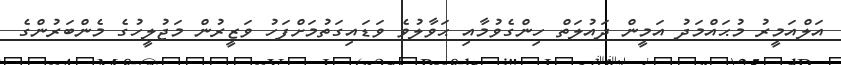
އަލްއަމީރު މުޙައްމަދު އަމީން ދައުލަތް ހިންގެވުމާއި ޙަވާލުވެ ވަޑައިގަތުމަށްފަހު ވަޒީރުން މަޖުލީހުގެ މެންބަރުންގެ